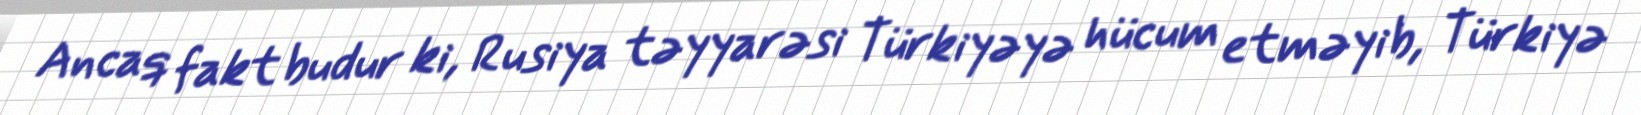
Ancaq fakt budur ki, Rusiya təyyarəsi Türkiyəyə hücum etməyib, Türkiyə